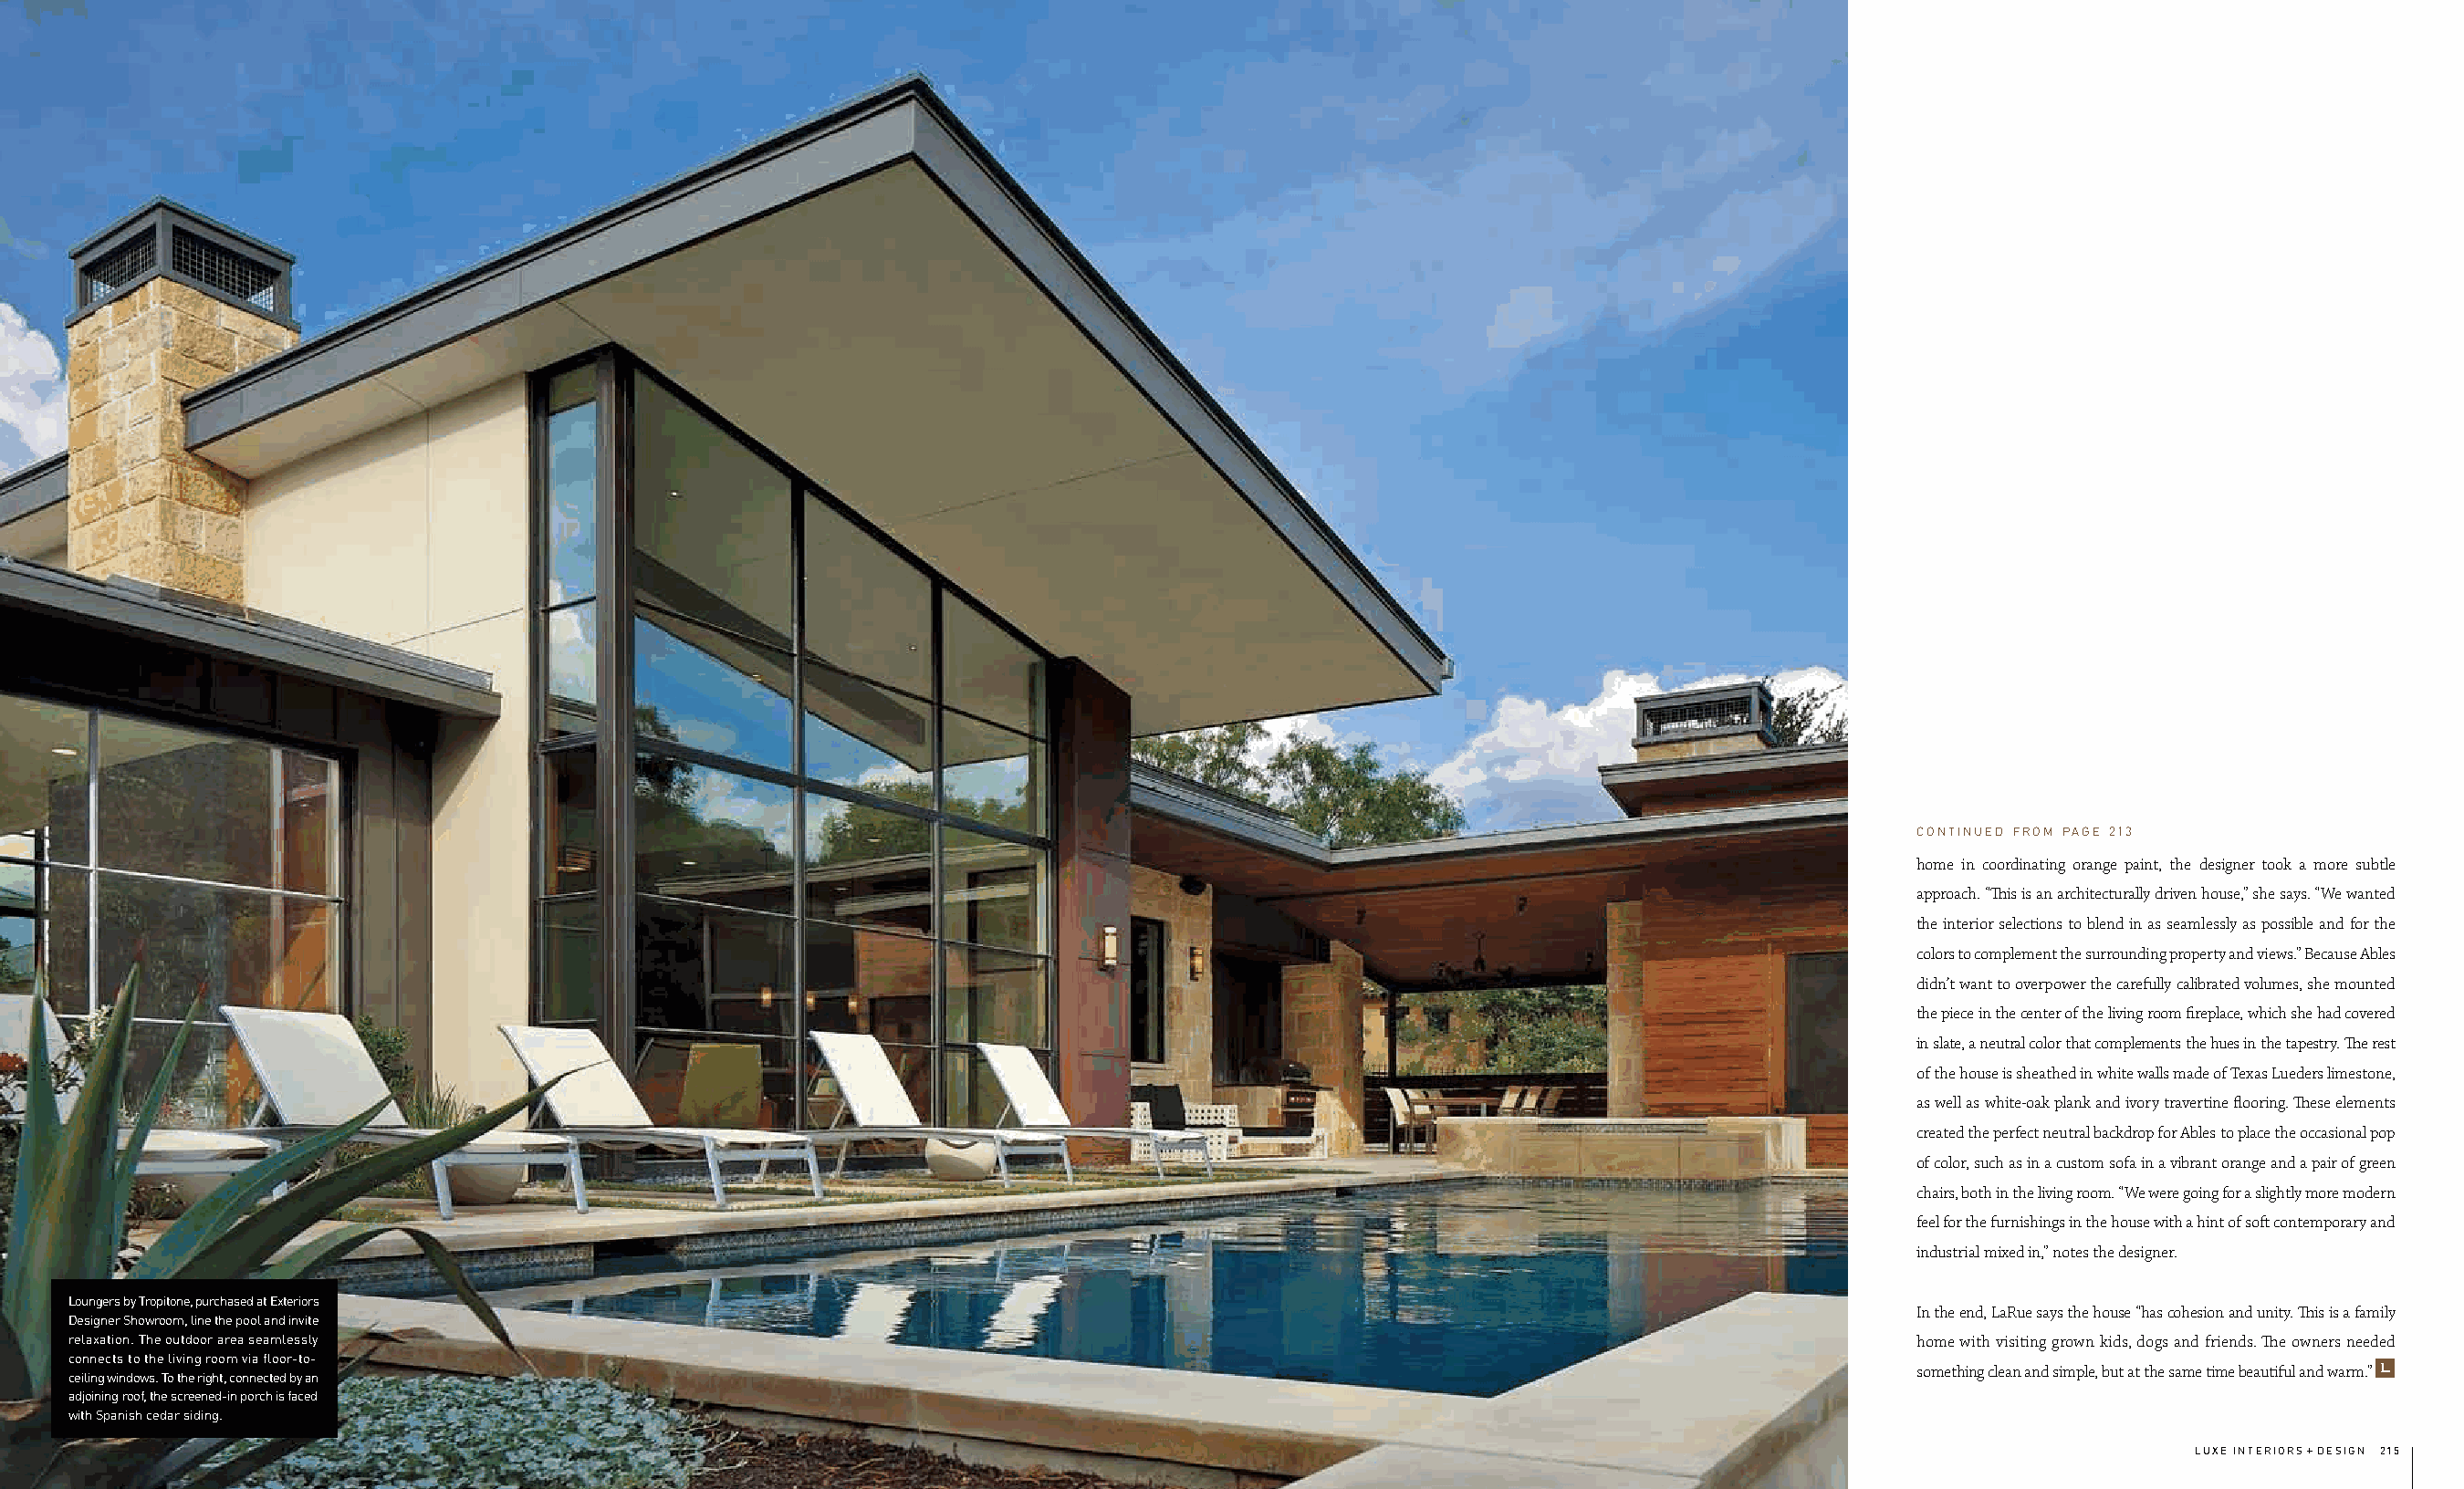
continued from page 213
 home in coordinating orange paint, the designer took a more subtle
 approach. “This is an architecturally driven house,” she says. “We wanted
 the interior selections to blend in as seamlessly as possible and for the
 colors to complement the surrounding property and views.” Because Ables
 didn’t want to overpower the carefully calibrated volumes, she mounted
 the piece in the center of the living room fireplace, which she had covered
 in slate, a neutral color that complements the hues in the tapestry. The rest
 of the house is sheathed in white walls made of Texas Lueders limestone,
 as well as white-oak plank and ivory travertine flooring. These elements
 created the perfect neutral backdrop for Ables to place the occasional pop
 of color, such as in a custom sofa in a vibrant orange and a pair of green
 chairs, both in the living room. “We were going for a slightly more modern
 feel for the furnishings in the house with a hint of soft contemporary and
 industrial mixed in,” notes the designer.
 Loungers by Tropitone, purchased at Exteriors
 In the end, LaRue says the house “has cohesion and unity. This is a family
 Designer Showroom, line the pool and invite
 relaxation. The outdoor area seamlessly                                                                                               home with visiting grown kids, dogs and friends. The owners needed
 connects to the living room via floor-to-
 something clean and simple, but at the same time beautiful and warm.” L
 ceiling windows. To the right, connected by an
 adjoining roof, the screened-in porch is faced
 with Spanish cedar siding.
 luxe interiors + design 215